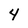
Character: 4